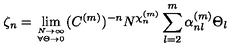
\zeta _ { n } = \lim _ { { N \to \infty } \atop { \forall \Theta \rightarrow 0 } } ( C ^ { ( m ) } ) ^ { - n } N ^ { \chi _ { n } ^ { ( m ) } } \sum _ { l = 2 } ^ { m } \alpha _ { n l } ^ { ( m ) } \Theta _ { l }